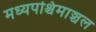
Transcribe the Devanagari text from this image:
मध्यपश्चिमाञ्चल